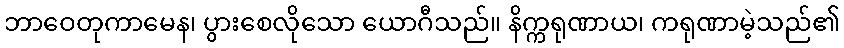
ဘာဝေတုကာမေန၊ ပွားစေလိုသော ယောဂီသည်။ နိက္ကရုဏာယ၊ ကရုဏာမဲ့သည်၏